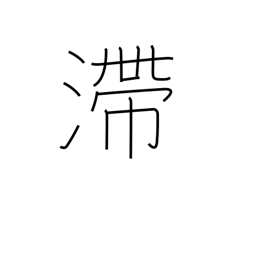
Meaning: stagnant